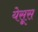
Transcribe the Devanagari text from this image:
येसूस